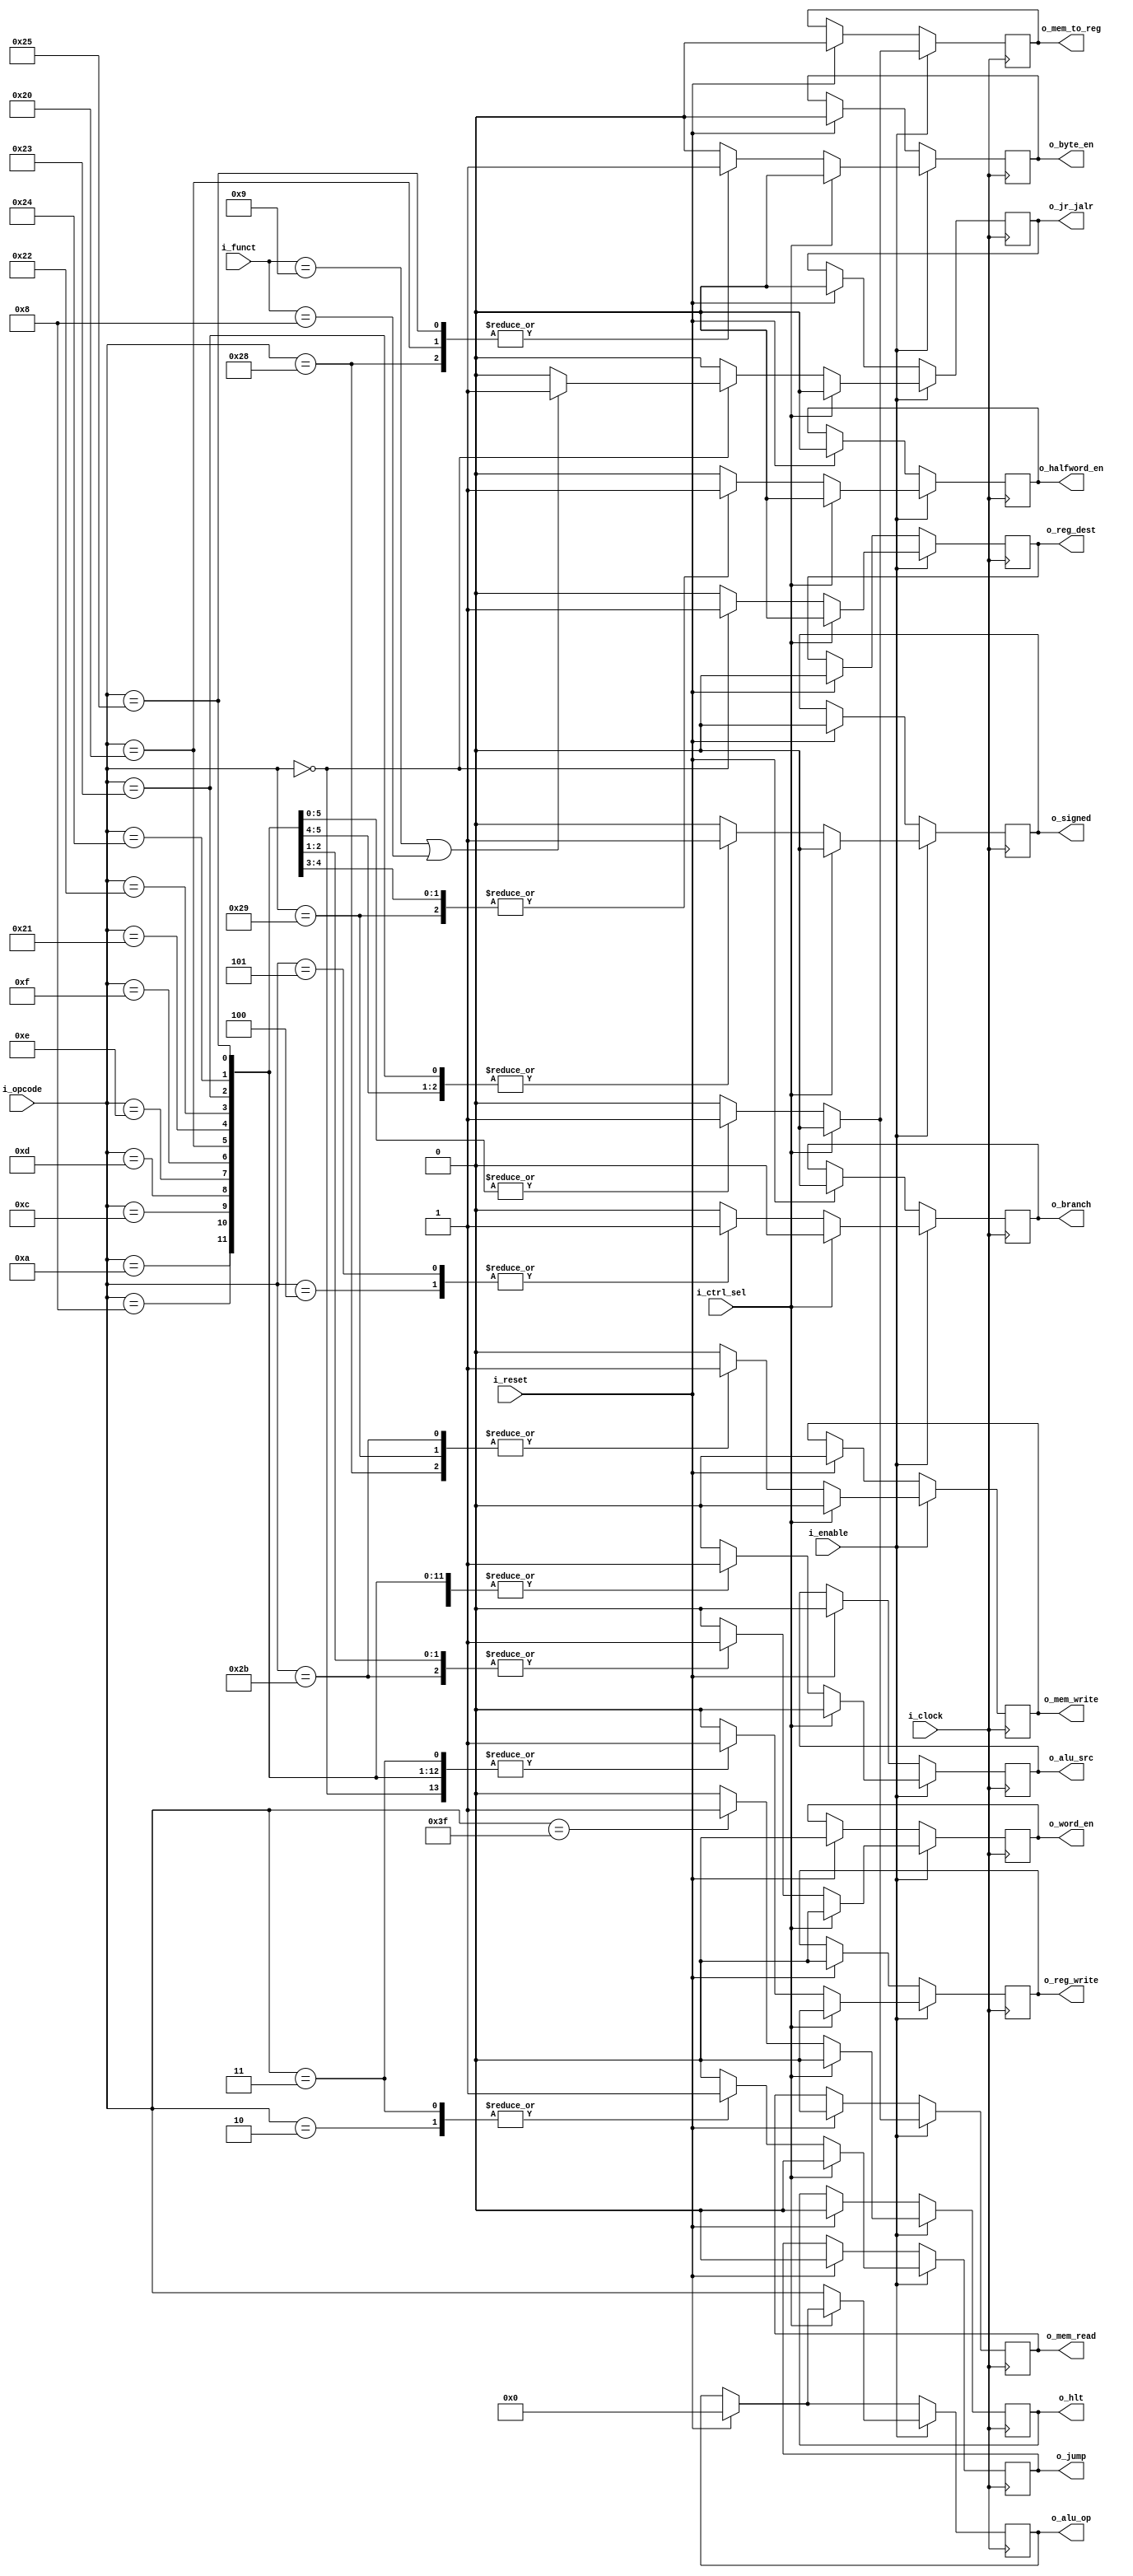
`timescale 1ns / 1ps

module control_unit#(
        parameter   NB_OPCODE       = 6,
        parameter   NB_FUNCT        = 6,
        //Instruction OPCODEs
        parameter   RTYPE_OPCODE    = 6'h00,
        parameter   BEQ_OPCODE      = 6'h04, // ITYPE BEQ
        parameter   BNE_OPCODE      = 6'h05, // ITYPE BNE
        parameter   ADDI_OPCODE     = 6'h08, // ITYPE ADDI
        parameter   SLTI_OPCODE     = 6'h0a, // ITYPE SLTI
        parameter   ANDI_OPCODE     = 6'h0c, // ITYPE ANDI
        parameter   ORI_OPCODE      = 6'h0d, // ITYPE ORI
        parameter   XORI_OPCODE     = 6'h0e, // ITYPE XORI
        parameter   LUI_OPCODE      = 6'h0f, // ITYPE LUI
        parameter   LB_OPCODE       = 6'h20, // ITYPE LB
        parameter   LH_OPCODE       = 6'h21, // ITYPE LH
        parameter   LHU_OPCODE      = 6'h22, // ITYPE LHU
        parameter   LW_OPCODE       = 6'h23, // ITYPE LW
        parameter   LWU_OPCODE      = 6'h24, // ITYPE LWU
        parameter   LBU_OPCODE      = 6'h25, // ITYPE LBU
        parameter   SB_OPCODE       = 6'h28, // ITYPE SB
        parameter   SH_OPCODE       = 6'h29, // ITYPE SH
        parameter   SW_OPCODE       = 6'h2b, // ITYPE SW
        parameter   J_OPCODE        = 6'h02, // JTYPE J
        parameter   JAL_OPCODE      = 6'h03, // JTYPE JAL
        parameter   JALR_FUNCT      = 6'h09,
        parameter   JR_FUNCT        = 6'h08,
        parameter   HLT_OPCODE      = 6'h3f
    )
    (   input                       i_clock,
        input                       i_enable,
        input                       i_reset,        // Necesario para flush en controls hazard
        input [NB_OPCODE-1:0]       i_opcode,
        input [NB_FUNCT-1:0]        i_funct,
        input                       i_ctrl_sel,     // from STALL UNIT
        
        output reg                  o_signed,
        output reg                  o_reg_dest,     // EX
        output reg [NB_OPCODE-1:0]  o_alu_op,       // EX REG?
        output reg                  o_alu_src,      // EX
        output reg                  o_mem_read,     // MEM
        output reg                  o_mem_write,    // MEM
        output reg                  o_branch,       // MEM
        output reg                  o_reg_write,    // WB
        output reg                  o_mem_to_reg,   // WB
        output reg                  o_jump,
        output reg                  o_byte_en,
        output reg                  o_halfword_en,
        output reg                  o_word_en,
        output reg                  o_jr_jalr,      // Hacia register bank
        output reg                  o_hlt           // END OF PROGRAM
    );

    always@(posedge i_clock) begin
        if(i_reset) begin
            o_alu_op        <= {NB_OPCODE{1'b0}};
            o_signed        <= 1'b0;
            o_reg_dest      <= 1'b0;
            o_alu_src       <= 1'b0;
            o_mem_read      <= 1'b0;
            o_mem_write     <= 1'b0;
            o_branch        <= 1'b0;
            o_reg_write     <= 1'b0;
            o_mem_to_reg    <= 1'b0;
            o_jump          <= 1'b0;
            o_jr_jalr       <= 1'b0;
            o_byte_en       <= 1'b0;
            o_halfword_en   <= 1'b0;
            o_word_en       <= 1'b0;
            o_hlt           <= 1'b0;
        end
        if(i_enable) begin
            if(!i_ctrl_sel) begin
                o_alu_op <= i_opcode;
                case(i_opcode)
                    RTYPE_OPCODE:begin
                        o_signed        <= 1'b0;
                        o_reg_dest      <= 1'b1; // rd
                        o_alu_src       <= 1'b0; // rt
                        o_mem_read      <= 1'b0; // no accede a mem
                        o_mem_write     <= 1'b0; // no accede a mem
                        o_branch        <= 1'b0; // no es branch
                        o_reg_write     <= 1'b1; // escribe en bank register
                        o_mem_to_reg    <= 1'b0; // read salida ALU
                        o_jump          <= 1'b0;
                        o_byte_en       <= 1'b0;
                        o_halfword_en   <= 1'b0;
                        o_word_en       <= 1'b0;
                        o_hlt           <= 1'b0;

                        if((i_funct == JALR_FUNCT) || (i_funct == JR_FUNCT)) begin
                            o_jr_jalr <= 1'b1; // Ambas escriben en el PC=$rs
                        end
                        else begin
                            o_jr_jalr <= 1'b0;
                        end

                    end
                    BEQ_OPCODE:begin
                        o_signed        <= 1'b0;
                        o_reg_dest      <= 1'b0; // X
                        o_alu_src       <= 1'b0; // rt
                        o_mem_read      <= 1'b0; // no accede a mem
                        o_mem_write     <= 1'b0; // no accede a mem
                        o_branch        <= 1'b1; // es branch
                        o_reg_write     <= 1'b0; // no escribe en bank register
                        o_mem_to_reg    <= 1'b0; // X
                        o_jump          <= 1'b0;
                        o_byte_en       <= 1'b0;
                        o_halfword_en   <= 1'b0;
                        o_word_en       <= 1'b0;
                        o_jr_jalr       <= 1'b0;
                        o_hlt           <= 1'b0;
                    end
                    BNE_OPCODE:begin
                        o_signed        <= 1'b0;
                        o_reg_dest      <= 1'b0; // X
                        o_alu_src       <= 1'b0; // rt
                        o_mem_read      <= 1'b0; // no accede a mem
                        o_mem_write     <= 1'b0; // no accede a mem
                        o_branch        <= 1'b1; // es branch
                        o_reg_write     <= 1'b0; // no escribe en bank register
                        o_mem_to_reg    <= 1'b0; // X
                        o_jump          <= 1'b0;
                        o_byte_en       <= 1'b0;
                        o_halfword_en   <= 1'b0;
                        o_word_en       <= 1'b0;
                        o_jr_jalr       <= 1'b0;
                        o_hlt           <= 1'b0;
                    end
                    ADDI_OPCODE:begin
                        o_signed        <= 1'b0;
                        o_reg_dest      <= 1'b0; // rt
                        o_alu_src       <= 1'b1; // immediate
                        o_mem_read      <= 1'b0; // no accede a mem
                        o_mem_write     <= 1'b0; // no accede a mem
                        o_branch        <= 1'b0; // no es branch
                        o_reg_write     <= 1'b1; // escribe en bank register
                        o_mem_to_reg    <= 1'b0; // read salida ALU
                        o_jump          <= 1'b0;
                        o_byte_en       <= 1'b0;
                        o_halfword_en   <= 1'b0;
                        o_word_en       <= 1'b0;
                        o_jr_jalr       <= 1'b0;
                        o_hlt           <= 1'b0;
                    end
                    SLTI_OPCODE:begin
                        o_signed        <= 1'b0;
                        o_reg_dest      <= 1'b0; // rt
                        o_alu_src       <= 1'b1; // immediate
                        o_mem_read      <= 1'b0; // no accede a mem
                        o_mem_write     <= 1'b0; // no accede a mem
                        o_branch        <= 1'b0; // no es branch
                        o_reg_write     <= 1'b1; // escribe en bank register
                        o_mem_to_reg    <= 1'b0; // read salida ALU
                        o_jump          <= 1'b0;
                        o_byte_en       <= 1'b0;
                        o_halfword_en   <= 1'b0;
                        o_word_en       <= 1'b0;
                        o_jr_jalr       <= 1'b0;
                        o_hlt           <= 1'b0;
                    end
                    ANDI_OPCODE:begin
                        o_signed        <= 1'b0;
                        o_reg_dest      <= 1'b0; // rt
                        o_alu_src       <= 1'b1; // immediate
                        o_mem_read      <= 1'b0; // no accede a mem
                        o_mem_write     <= 1'b0; // no accede a mem
                        o_branch        <= 1'b0; // no es branch
                        o_reg_write     <= 1'b1; // escribe en bank register
                        o_mem_to_reg    <= 1'b0; // read salida ALU
                        o_jump          <= 1'b0;
                        o_byte_en       <= 1'b0;
                        o_halfword_en   <= 1'b0;
                        o_word_en       <= 1'b0;
                        o_jr_jalr       <= 1'b0;
                        o_hlt           <= 1'b0;
                    end
                    ORI_OPCODE:begin
                        o_signed        <= 1'b0;
                        o_reg_dest      <= 1'b0; // rt
                        o_alu_src       <= 1'b1; // immediate
                        o_mem_read      <= 1'b0; // no accede a mem
                        o_mem_write     <= 1'b0; // no accede a mem
                        o_branch        <= 1'b0; // no es branch
                        o_reg_write     <= 1'b1; // escribe en bank register
                        o_mem_to_reg    <= 1'b0; // read salida ALU
                        o_jump          <= 1'b0;
                        o_byte_en       <= 1'b0;
                        o_halfword_en   <= 1'b0;
                        o_word_en       <= 1'b0;
                        o_jr_jalr       <= 1'b0;
                        o_hlt           <= 1'b0;
                    end
                    XORI_OPCODE:begin
                        o_signed        <= 1'b0;
                        o_reg_dest      <= 1'b0; // rt
                        o_alu_src       <= 1'b1; // immediate
                        o_mem_read      <= 1'b0; // no accede a mem
                        o_mem_write     <= 1'b0; // no accede a mem
                        o_branch        <= 1'b0; // no es branch
                        o_reg_write     <= 1'b1; // escribe en bank register
                        o_mem_to_reg    <= 1'b0; // read salida ALU
                        o_jump          <= 1'b0;
                        o_byte_en       <= 1'b0;
                        o_halfword_en   <= 1'b0;
                        o_word_en       <= 1'b0;
                        o_jr_jalr       <= 1'b0;
                        o_hlt           <= 1'b0;
                    end
                    LUI_OPCODE:begin
                        o_signed        <= 1'b0;
                        o_reg_dest      <= 1'b0; // rt
                        o_alu_src       <= 1'b1; // immediate
                        o_mem_read      <= 1'b0; // no accede a mem
                        o_mem_write     <= 1'b0; // no accede a mem
                        o_branch        <= 1'b0; // no es branch
                        o_reg_write     <= 1'b1; // escribe en bank register
                        o_mem_to_reg    <= 1'b0; // read salida ALU
                        o_jump          <= 1'b0;
                        o_byte_en       <= 1'b0;
                        o_halfword_en   <= 1'b0;
                        o_word_en       <= 1'b0;
                        o_jr_jalr       <= 1'b0;
                        o_hlt           <= 1'b0;
                    end
                    LB_OPCODE:begin
                        o_signed        <= 1'b1;
                        o_reg_dest      <= 1'b0; // rt
                        o_alu_src       <= 1'b1; // immediate
                        o_mem_read      <= 1'b1; // read mem
                        o_mem_write     <= 1'b0; // no write mem
                        o_branch        <= 1'b0; // no es branch
                        o_reg_write     <= 1'b1; // escribe en rt
                        o_mem_to_reg    <= 1'b1; // read salida data memory
                        o_jump          <= 1'b0;
                        o_byte_en       <= 1'b1;
                        o_halfword_en   <= 1'b0;
                        o_word_en       <= 1'b0;
                        o_jr_jalr       <= 1'b0;
                        o_hlt           <= 1'b0;
                    end
                    LH_OPCODE:begin
                        o_signed        <= 1'b1;
                        o_reg_dest      <= 1'b0; // rt
                        o_alu_src       <= 1'b1; // immediate
                        o_mem_read      <= 1'b1; // read mem
                        o_mem_write     <= 1'b0; // no write mem
                        o_branch        <= 1'b0; // no es branch
                        o_reg_write     <= 1'b1; // escribe en rt
                        o_mem_to_reg    <= 1'b1; // read salida data memory
                        o_jump          <= 1'b0;
                        o_byte_en       <= 1'b0;
                        o_halfword_en   <= 1'b1;
                        o_word_en       <= 1'b0;
                        o_jr_jalr       <= 1'b0;
                        o_hlt           <= 1'b0;
                    end
                    LHU_OPCODE:begin
                        o_signed        <= 1'b0;
                        o_reg_dest      <= 1'b0; // rt
                        o_alu_src       <= 1'b1; // immediate
                        o_mem_read      <= 1'b1; // read mem
                        o_mem_write     <= 1'b0; // no write mem
                        o_branch        <= 1'b0; // no es branch
                        o_reg_write     <= 1'b1; // escribe en rt
                        o_mem_to_reg    <= 1'b1; // read salida data memory
                        o_jump          <= 1'b0;
                        o_byte_en       <= 1'b0;
                        o_halfword_en   <= 1'b1;
                        o_word_en       <= 1'b0;
                        o_jr_jalr       <= 1'b0;
                        o_hlt           <= 1'b0;
                    end
                    LW_OPCODE:begin
                        o_signed        <= 1'b1;
                        o_reg_dest      <= 1'b0; // rt
                        o_alu_src       <= 1'b1; // immediate
                        o_mem_read      <= 1'b1; // read mem
                        o_mem_write     <= 1'b0; // no write mem
                        o_branch        <= 1'b0; // no es branch
                        o_reg_write     <= 1'b1; // escribe en rt
                        o_mem_to_reg    <= 1'b1; // read salida data memory
                        o_jump          <= 1'b0;
                        o_byte_en       <= 1'b0;
                        o_halfword_en   <= 1'b0;
                        o_word_en       <= 1'b1;
                        o_jr_jalr       <= 1'b0;
                        o_hlt           <= 1'b0;
                    end
                    LWU_OPCODE:begin
                        o_signed        <= 1'b0;
                        o_reg_dest      <= 1'b0; // rt
                        o_alu_src       <= 1'b1; // immediate
                        o_mem_read      <= 1'b1; // read mem
                        o_mem_write     <= 1'b0; // no write mem
                        o_branch        <= 1'b0; // no es branch
                        o_reg_write     <= 1'b1; // escribe en rt
                        o_mem_to_reg    <= 1'b1; // read salida data memory
                        o_jump          <= 1'b0;
                        o_byte_en       <= 1'b0;
                        o_halfword_en   <= 1'b0;
                        o_word_en       <= 1'b1;
                        o_jr_jalr       <= 1'b0;
                        o_hlt           <= 1'b0;
                    end
                    LBU_OPCODE:begin
                        o_signed        <= 1'b0;
                        o_reg_dest      <= 1'b0; // rt
                        o_alu_src       <= 1'b1; // immediate
                        o_mem_read      <= 1'b1; // read mem
                        o_mem_write     <= 1'b0; // no write mem
                        o_branch        <= 1'b0; // no es branch
                        o_reg_write     <= 1'b1; // escribe en rt
                        o_mem_to_reg    <= 1'b1; // read salida data memory
                        o_jump          <= 1'b0;
                        o_byte_en       <= 1'b1;
                        o_halfword_en   <= 1'b0;
                        o_word_en       <= 1'b0;
                        o_jr_jalr       <= 1'b0;
                        o_hlt           <= 1'b0;
                    end
                    SB_OPCODE:begin
                        o_signed        <= 1'b0;
                        o_reg_dest      <= 1'b0; // rt
                        o_alu_src       <= 1'b1; // immediate
                        o_mem_read      <= 1'b0; // no read mem
                        o_mem_write     <= 1'b1; // write mem
                        o_branch        <= 1'b0; // no es branch
                        o_reg_write     <= 1'b0; // escribe en rt
                        o_mem_to_reg    <= 1'b0; // X
                        o_jump          <= 1'b0;
                        o_byte_en       <= 1'b1;
                        o_halfword_en   <= 1'b0;
                        o_word_en       <= 1'b0;
                        o_jr_jalr       <= 1'b0;
                        o_hlt           <= 1'b0;
                    end
                    SH_OPCODE:begin
                        o_signed        <= 1'b0;
                        o_reg_dest      <= 1'b0; // rt
                        o_alu_src       <= 1'b1; // immediate
                        o_mem_read      <= 1'b0; // no read mem
                        o_mem_write     <= 1'b1; // write mem
                        o_branch        <= 1'b0; // no es branch
                        o_reg_write     <= 1'b0; // escribe en rt
                        o_mem_to_reg    <= 1'b0; // X
                        o_jump          <= 1'b0;
                        o_byte_en       <= 1'b0;
                        o_halfword_en   <= 1'b1;
                        o_word_en       <= 1'b0;
                        o_jr_jalr       <= 1'b0;
                        o_hlt           <= 1'b0;
                    end
                    SW_OPCODE:begin
                        o_signed        <= 1'b0;
                        o_reg_dest      <= 1'b0; // rt
                        o_alu_src       <= 1'b1; // immediate
                        o_mem_read      <= 1'b0; // no read mem
                        o_mem_write     <= 1'b1; // write mem
                        o_branch        <= 1'b0; // no es branch
                        o_reg_write     <= 1'b0; // escribe en rt
                        o_mem_to_reg    <= 1'b0; // X
                        o_jump          <= 1'b0;
                        o_byte_en       <= 1'b0;
                        o_halfword_en   <= 1'b0;
                        o_word_en       <= 1'b1;
                        o_jr_jalr       <= 1'b0;
                        o_hlt           <= 1'b0;
                    end
                    J_OPCODE:begin
                        o_signed        <= 1'b0;
                        o_reg_dest      <= 1'b0; // rt
                        o_alu_src       <= 1'b0; // immediate
                        o_mem_read      <= 1'b0; // no read mem
                        o_mem_write     <= 1'b0; // no write mem
                        o_branch        <= 1'b0; // no es branch
                        o_reg_write     <= 1'b0; // escribe en rt
                        o_mem_to_reg    <= 1'b0; // X
                        o_jump          <= 1'b1;
                        o_byte_en       <= 1'b0;
                        o_halfword_en   <= 1'b0;
                        o_word_en       <= 1'b0;
                        o_jr_jalr       <= 1'b0;
                        o_hlt           <= 1'b0;
                    end
                    JAL_OPCODE:begin
                        o_signed        <= 1'b0;
                        o_reg_dest      <= 1'b0; // rt
                        o_alu_src       <= 1'b0; // immediate
                        o_mem_read      <= 1'b0; // no read mem
                        o_mem_write     <= 1'b0; // no write mem
                        o_branch        <= 1'b0; // no es branch
                        o_reg_write     <= 1'b1; // escribe en rt
                        o_mem_to_reg    <= 1'b0; // X
                        o_jump          <= 1'b1; // TODO: ver si se necesta seal que haga $ra=PC+1
                        o_byte_en       <= 1'b0;
                        o_halfword_en   <= 1'b0;
                        o_word_en       <= 1'b0;
                        o_jr_jalr       <= 1'b0;
                        o_hlt           <= 1'b0;
                    end
                    HLT_OPCODE:begin
                        o_signed        <= 1'b0;
                        o_reg_dest      <= 1'b0; // rt
                        o_alu_src       <= 1'b0; // immediate
                        o_mem_read      <= 1'b0; // no read mem
                        o_mem_write     <= 1'b0; // no write mem
                        o_branch        <= 1'b0; // no es branch
                        o_reg_write     <= 1'b0; // escribe en rt
                        o_mem_to_reg    <= 1'b0; // X
                        o_jump          <= 1'b0; // dont jump
                        o_byte_en       <= 1'b0;
                        o_halfword_en   <= 1'b0;
                        o_word_en       <= 1'b0;
                        o_jr_jalr       <= 1'b0;
                        o_hlt           <= 1'b1; // END OF PROGRAM
                    end
                    default: begin
                        o_signed        <= 1'b0;
                        o_reg_dest      <= 1'b0; // rt
                        o_alu_src       <= 1'b0; // immediate
                        o_mem_read      <= 1'b0; // no read mem
                        o_mem_write     <= 1'b0; // no write mem
                        o_branch        <= 1'b0; // no es branch
                        o_reg_write     <= 1'b0; // escribe en rt
                        o_mem_to_reg    <= 1'b0; // X
                        o_jump          <= 1'b0; // dont jump
                        o_byte_en       <= 1'b0;
                        o_halfword_en   <= 1'b0;
                        o_word_en       <= 1'b0;
                        o_jr_jalr       <= 1'b0;
                        o_hlt           <= 1'b0; // END OF PROGRAM
                    end
                endcase
            end
            else begin
                    // flush from STALL UNIT 
                    o_signed        <= 1'b0;
                    o_reg_dest      <= 1'b0; // rt
                    o_alu_src       <= 1'b0; // immediate
                    o_mem_read      <= 1'b0; // no read mem
                    o_mem_write     <= 1'b0; // no write mem
                    o_branch        <= 1'b0; // no es branch
                    o_reg_write     <= 1'b0; // escribe en rt
                    o_mem_to_reg    <= 1'b0; // X
                    o_jump          <= 1'b0; // dont jump
                    o_byte_en       <= 1'b0;
                    o_halfword_en   <= 1'b0;
                    o_word_en       <= 1'b0;
                    o_jr_jalr       <= 1'b0;
                    o_hlt           <= 1'b0; // END OF PROGRAM
            end
        end
        // else begin
        //     o_alu_op        <= {NB_OPCODE{1'b0}};
        //     o_signed        <= 1'b0;
        //     o_reg_dest      <= 1'b0;
        //     o_alu_src       <= 1'b0;
        //     o_mem_read      <= 1'b0;
        //     o_mem_write     <= 1'b0;
        //     o_branch        <= 1'b0;
        //     o_reg_write     <= 1'b0;
        //     o_mem_to_reg    <= 1'b0;
        //     o_jump          <= 1'b0;
        //     o_jr_jalr       <= 1'b0;
        //     o_hlt           <= 1'b0;
        // end
    end
endmodule